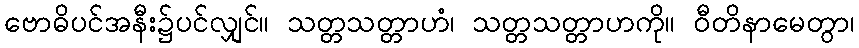
ဗောဓိပင်အနီး၌ပင်လျှင်။ သတ္တသတ္တာဟံ၊ သတ္တသတ္တာဟကို။ ဝီတိနာမေတွာ၊